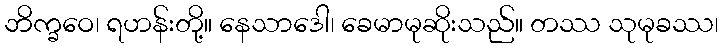
ဘိက္ခဝေ၊ ရဟန်းတို့။ နေသာဒေါ၊ ခေမာမုဆိုးသည်။ တဿ သုမုခဿ၊